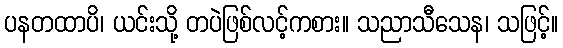
ပနတထာပိ၊ ယင်းသို့ တပဲဖြစ်လင့်ကစား။ သညာသီသေန၊ သဖြင့်။